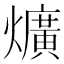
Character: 爌